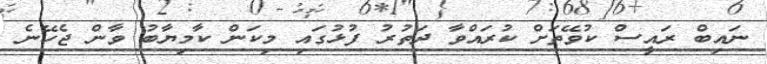
ނައިބް ރައީސް ކުވޭތަށް ކުރައްވާ ދަތުރު ފުޅުގައި މިކަން ކާމިޔާބު ވާން ޖެހޭނެ